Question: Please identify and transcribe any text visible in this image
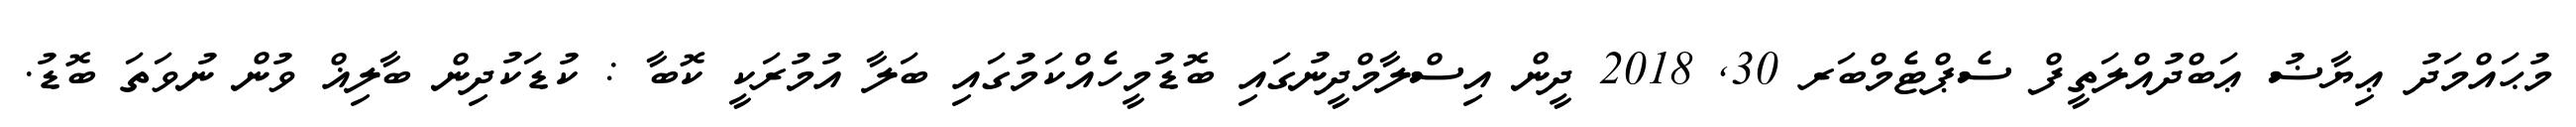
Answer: މުޙައްމަދު ޢިޔާޟު ޢަބްދުއްލަތީފް ސެޕްޓެމްބަރ 30, 2018 ދީން އިސްލާމްދީނުގައި ބޮޑުމީހެއްކަމުގައި ބަލާ އުމުރަކީ ކޮބާ : ކުޑަކުދިން ބާލިޣް ވުން ނުވަތަ ބޮޑު.